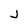
Character: j